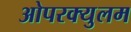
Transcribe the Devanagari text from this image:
ओपरक्युलम